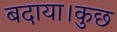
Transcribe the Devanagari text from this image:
बदाया।कुछ